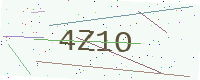
Text: 4Z1O